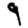
Digit: 9